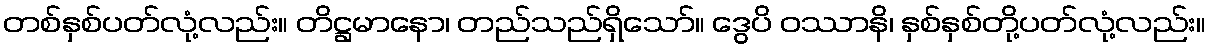
တစ်နှစ်ပတ်လုံ့လည်း။ တိဋ္ဌမာနော၊ တည်သည်ရှိသော်။ ဒွေပိ ဝဿာနိ၊ နှစ်နှစ်တို့ပတ်လုံ့လည်း။